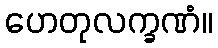
ဟေတုလက္ခဏံ။